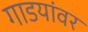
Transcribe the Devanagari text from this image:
गाडयांवर